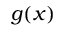
g ( x )